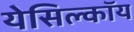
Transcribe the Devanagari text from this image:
येसिल्कॉय